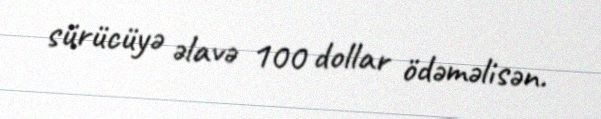
sürücüyə əlavə 100 dollar ödəməlisən.